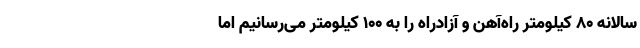
سالانه ٨٠ کیلومتر راه‌آهن و آزادراه را به ١٠٠ کیلومتر می‌رسانیم اما